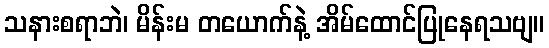
သနားစရာဘဲ၊ မိန်းမ တယောက်နဲ့ အိမ်ထောင်ပြုနေရသဗျ။